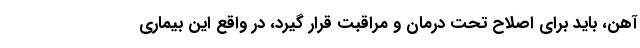
آهن، باید برای اصلاح تحت درمان و مراقبت قرار گیرد، در واقع این بیماری